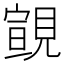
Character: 𧡢